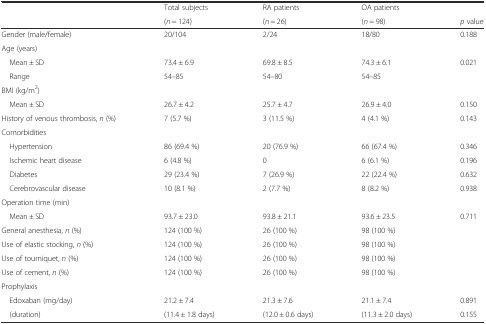
<table><thead><tr><td></td><td><b>Total subjects</b></td><td><b>RA patients</b></td><td><b>OA patients</b></td><td></td></tr><tr><td></td><td><b>(<i>n</i> = 124)</b></td><td><b>(<i>n</i> = 26)</b></td><td><b>(<i>n</i> = 98)</b></td><td><b><i>p</i> value</b></td></tr></thead><tbody><tr><td>Gender (male/female)</td><td>20/104</td><td>2/24</td><td>18/80</td><td>0.188</td></tr><tr><td colspan="5">Age (years)</td></tr><tr><td> Mean ± SD</td><td>73.4 ± 6.9</td><td>69.8 ± 8.5</td><td>74.3 ± 6.1</td><td>0.021</td></tr><tr><td> Range</td><td>54–85</td><td>54–80</td><td>54–85</td><td></td></tr><tr><td colspan="5">BMI (kg/m<sup>2</sup>)</td></tr><tr><td> Mean ± SD</td><td>26.7 ± 4.2</td><td>25.7 ± 4.7</td><td>26.9 ± 4.0</td><td>0.150</td></tr><tr><td>History of venous thrombosis, <i>n</i> (%)</td><td>7 (5.7 %)</td><td>3 (11.5 %)</td><td>4 (4.1 %)</td><td>0.143</td></tr><tr><td colspan="5">Comorbidities</td></tr><tr><td> Hypertension</td><td>86 (69.4 %)</td><td>20 (76.9 %)</td><td>66 (67.4 %)</td><td>0.346</td></tr><tr><td> Ischemic heart disease</td><td>6 (4.8 %)</td><td>0</td><td>6 (6.1 %)</td><td>0.196</td></tr><tr><td> Diabetes</td><td>29 (23.4 %)</td><td>7 (26.9 %)</td><td>22 (22.4 %)</td><td>0.632</td></tr><tr><td> Cerebrovascular disease</td><td>10 (8.1 %)</td><td>2 (7.7 %)</td><td>8 (8.2 %)</td><td>0.938</td></tr><tr><td colspan="5">Operation time (min)</td></tr><tr><td> Mean ± SD</td><td>93.7 ± 23.0</td><td>93.8 ± 21.1</td><td>93.6 ± 23.5</td><td>0.711</td></tr><tr><td>General anesthesia, <i>n</i> (%)</td><td>124 (100 %)</td><td>26 (100 %)</td><td>98 (100 %)</td><td></td></tr><tr><td>Use of elastic stocking, <i>n</i> (%)</td><td>124 (100 %)</td><td>26 (100 %)</td><td>98 (100 %)</td><td></td></tr><tr><td>Use of tourniquet, <i>n</i> (%)</td><td>124 (100 %)</td><td>26 (100 %)</td><td>98 (100 %)</td><td></td></tr><tr><td>Use of cement, <i>n</i> (%)</td><td>124 (100 %)</td><td>26 (100 %)</td><td>98 (100 %)</td><td></td></tr><tr><td colspan="5">Prophylaxis</td></tr><tr><td> Edoxaban (mg/day)</td><td>21.2 ± 7.4</td><td>21.3 ± 7.6</td><td>21.1 ± 7.4</td><td>0.891</td></tr><tr><td> (duration)</td><td>(11.4 ± 1.8 days)</td><td>(12.0 ± 0.6 days)</td><td>(11.3 ± 2.0 days)</td><td>0.155</td></tr></tbody></table>